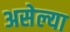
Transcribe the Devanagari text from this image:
असेल्या